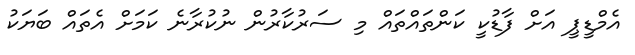
އެމްޑީޕީ އަށް ފާޑުކީ ކަންތައްތައް މި ސަރުކާރުން ނުކުރާނެ ކަމަށް އެތައް ބަޔަކު